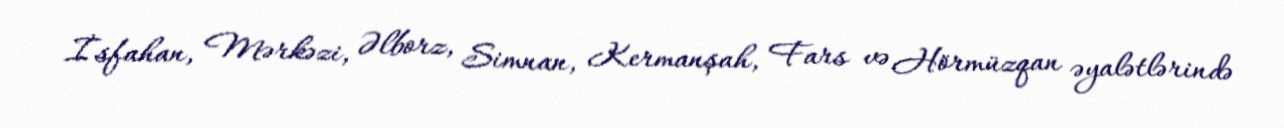
İsfahan, Mərkəzi, Əlborz, Simnan, Kermanşah, Fars və Hörmüzqan əyalətlərində